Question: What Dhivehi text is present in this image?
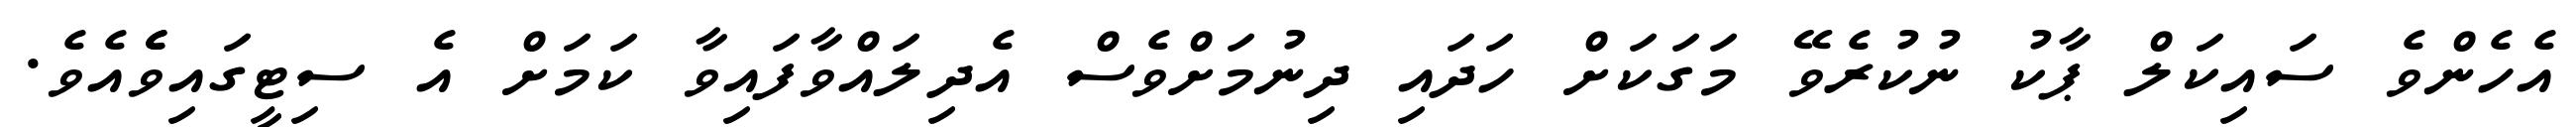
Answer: އެހެންވެ ސައިކަލް ޕާކު ނުކުރެވޭ މަގަކަށް ހަދައި ދިނުމަށްވެސް އެދިލައްވާފައިވާ ކަމަށް އެ ސިޓީގައިވެެއެވެ.